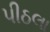
પીઠલા